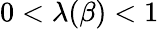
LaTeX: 0<\lambda(\beta)<1